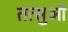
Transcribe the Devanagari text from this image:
तत्सुओ